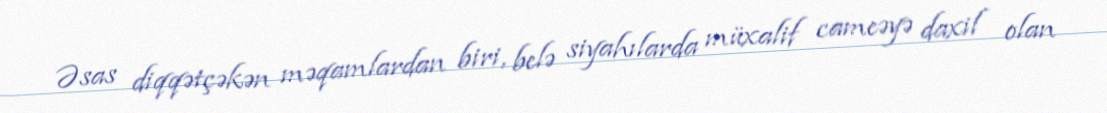
Əsas diqqətçəkən məqamlardan biri, belə siyahılarda müxalif cameəyə daxil olan